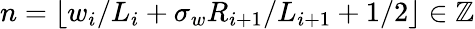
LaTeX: n=\lfloor w_{i}/L_{i}+\sigma_{w}R_{i+1}/L_{i+1}+1/2\rfloor\in\mathbb{Z}